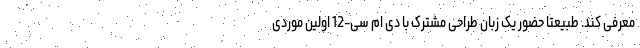
معرفی کند. طبیعتا حضور یک زبان طراحی مشترک با دی ام سی-12 اولین موردی